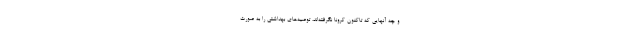
و چه آنهایی که تاکنون کرونا نگرفته‌اند، توصیه‌های بهداشتی را به صورت